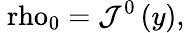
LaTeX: \mathrm{\ rho}_{0}=\mathcal{J}^{0}\left(y\right),